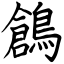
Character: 鶬